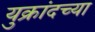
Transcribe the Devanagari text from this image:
युक्रांदच्या